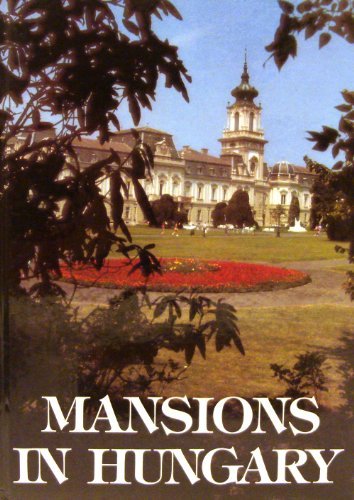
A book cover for Mansions in Hungary; Travel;